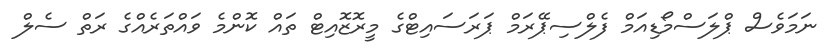
ނަމަވެސް ޕްލަސްމޯޑިއަމް ފެލްސިޕޭރަމް ޕަރަސައިޓްގެ މީރޮޒޮއިޓް ތައް ކޮންމެ ވައްތަރެއްގެ ރަތް ސެލް